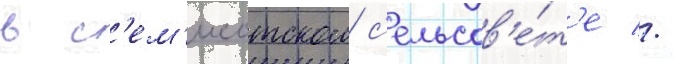
в с'ем'исотском с'ельсов'е́т'е //